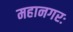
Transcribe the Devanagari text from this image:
महानगरः